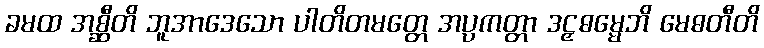
ခမထ အစ္ဆီတိ ဘူအာဒေသော ပါတိတမတ္တေ အပ္ပကတ္တာ ဒဠှဓမ္မေဘိ မေဓတီတိ